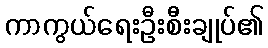
ကာကွယ်ရေးဦးစီးချုပ်၏